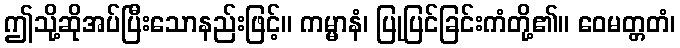
ဤသို့ဆိုအပ်ပြီးသောနည်းဖြင့်။ ကမ္မာနံ၊ ပြုပြင်ခြင်းကံတို့၏။ ဝေမတ္တတံ၊